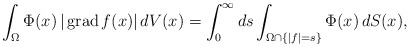
\begin{align*} \int_\Omega \Phi(x)\,|\operatorname{grad} f(x)|\,dV(x)=\int_0^\infty ds\int_{ \Omega\cap\{|f|= s \}}\Phi(x)\,dS(x),\end{align*}